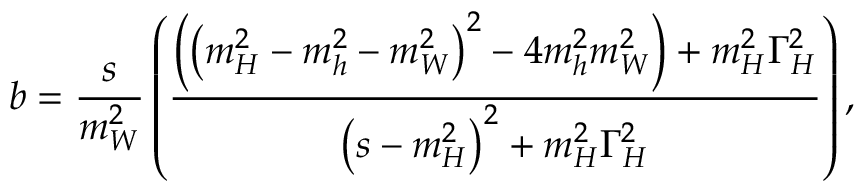
b = \frac { s } { m _ { W } ^ { 2 } } \left( \frac { \left( \left( m _ { H } ^ { 2 } - m _ { h } ^ { 2 } - m _ { W } ^ { 2 } \right) ^ { 2 } - 4 m _ { h } ^ { 2 } m _ { W } ^ { 2 } \right) + m _ { H } ^ { 2 } \Gamma _ { H } ^ { 2 } } { \left( s - m _ { H } ^ { 2 } \right) ^ { 2 } + m _ { H } ^ { 2 } \Gamma _ { H } ^ { 2 } } \right) ,